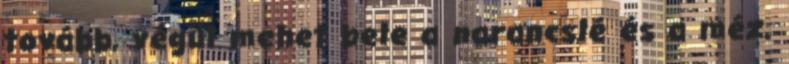
tovább, végül mehet bele a narancslé és a méz.